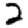
Digit: 2